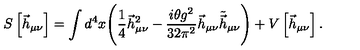
S \left[ \vec { h } _ { \mu \nu } \right] = \int d ^ { 4 } x \Biggl ( \frac { 1 } { 4 } \vec { h } _ { \mu \nu } ^ { 2 } - \frac { i \theta g ^ { 2 } } { 3 2 \pi ^ { 2 } } \vec { h } _ { \mu \nu } \tilde { \vec { h } } _ { \mu \nu } \Biggr ) + V \left[ \vec { h } _ { \mu \nu } \right] .